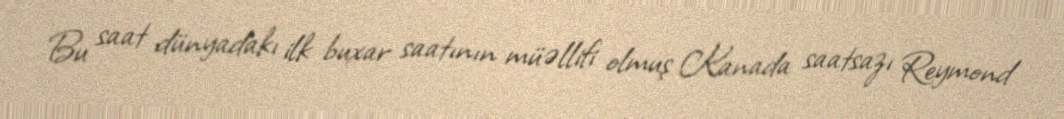
Bu saat dünyadakı ilk buxar saatının müəllifi olmuş Kanada saatsazı Reymond